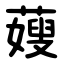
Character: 䕅